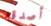
أصدقه